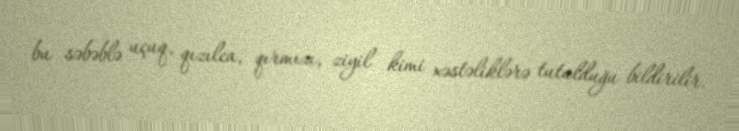
bu səbəblə uçuq, qızılca, qırmızı, ziyil kimi xəstəliklərə tutulduğu bildirilir.